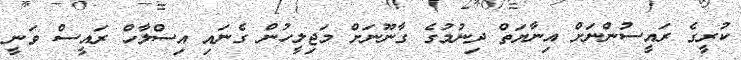
ކުރީގެ ރައީސުންނަށް އިނާޔަތް ދިނުމުގެ ގާނޫނަށް މަޖިލީހުން ގެނައި އިސްލާހް ރައީސް ވަނީ